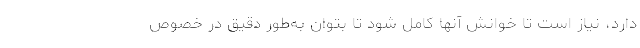
دارد، نیاز است تا خوانش آنها کامل شود تا بتوان به‌طور دقیق در خصوص